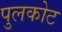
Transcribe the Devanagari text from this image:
पुलकोट